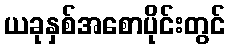
ယခုနှစ်အစောပိုင်းတွင်